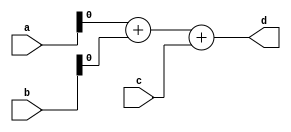
module example(
    input [7:0] a, 
    input [1:0] b, 
    input c,
    output d 
);
    wire e = a & 8'b00000001;
    wire f = b & 2'b01;
    assign d = e + f + c;

endmodule